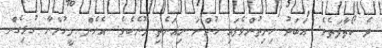
ދެ ކޯތާފަތެވެ. އަބަދު ހިނިތުންވެފައި ހުންނަ ނިއަނެތި މޫނެކެވެ. އެހެން މީހުންނާ ގުޅިގެން